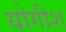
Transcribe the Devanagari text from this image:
योगीश